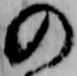
の